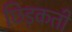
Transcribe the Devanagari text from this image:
छिड़कती